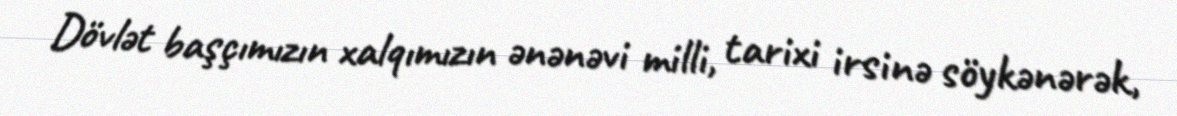
Dövlət başçımızın xalqımızın ənənəvi milli, tarixi irsinə söykənərək,